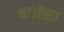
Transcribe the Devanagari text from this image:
था।ऎसा